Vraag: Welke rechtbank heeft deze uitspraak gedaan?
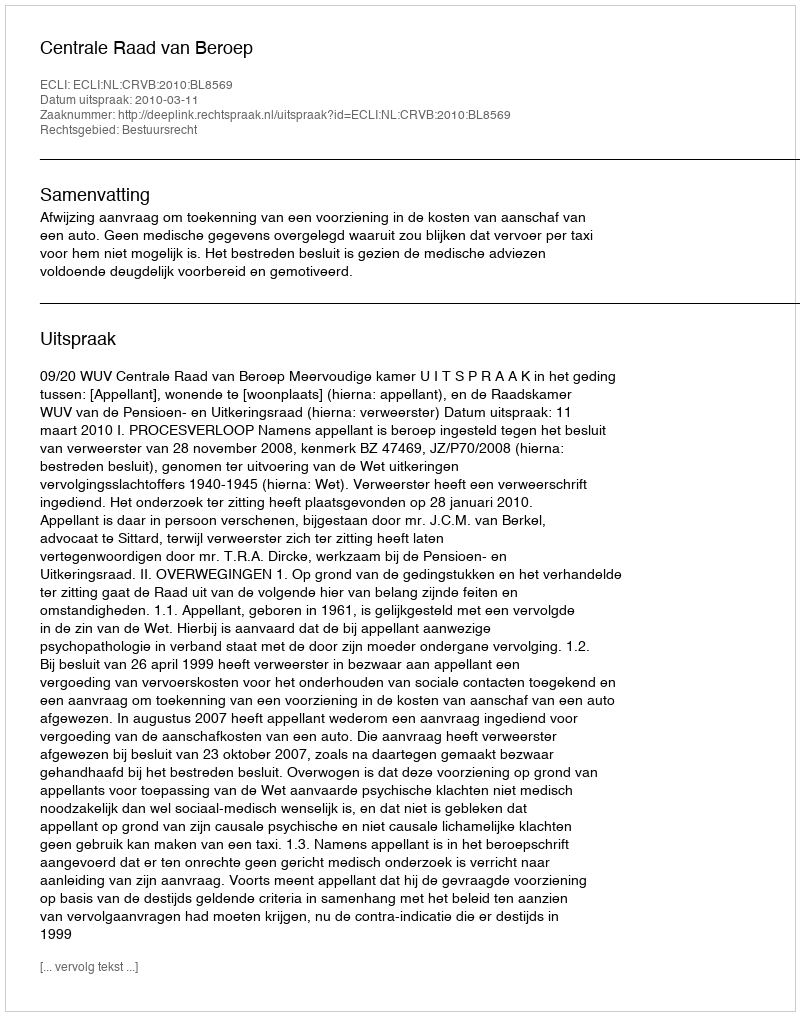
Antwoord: Centrale Raad van Beroep